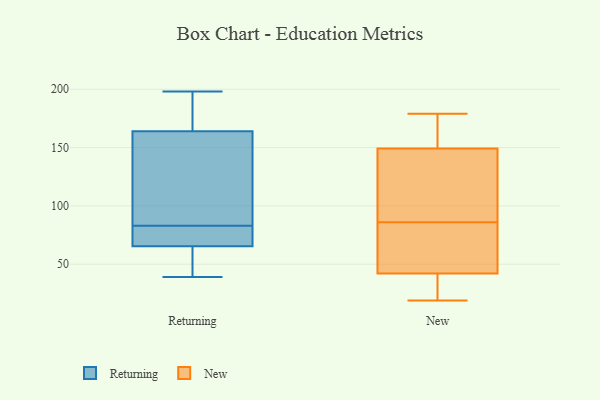
{"axis": {"x": "Bounce Rate (%)", "y": "Value"}, "legend": ["New", "Returning"], "data": [{"x": "", "y": 89, "type": "Returning"}, {"x": "", "y": 198, "type": "Returning"}, {"x": "", "y": 74, "type": "Returning"}, {"x": "", "y": 184, "type": "Returning"}, {"x": "", "y": 83, "type": "Returning"}, {"x": "", "y": 46, "type": "Returning"}, {"x": "", "y": 64, "type": "Returning"}, {"x": "", "y": 172, "type": "Returning"}, {"x": "", "y": 140, "type": "Returning"}, {"x": "", "y": 72, "type": "Returning"}, {"x": "", "y": 70, "type": "Returning"}, {"x": "", "y": 191, "type": "Returning"}, {"x": "", "y": 39, "type": "Returning"}, {"x": "", "y": 56, "type": "Returning"}, {"x": "", "y": 106, "type": "Returning"}, {"x": "", "y": 175, "type": "New"}, {"x": "", "y": 30, "type": "New"}, {"x": "", "y": 60, "type": "New"}, {"x": "", "y": 36, "type": "New"}, {"x": "", "y": 86, "type": "New"}, {"x": "", "y": 179, "type": "New"}, {"x": "", "y": 95, "type": "New"}, {"x": "", "y": 19, "type": "New"}, {"x": "", "y": 78, "type": "New"}, {"x": "", "y": 114, "type": "New"}, {"x": "", "y": 161, "type": "New"}]}